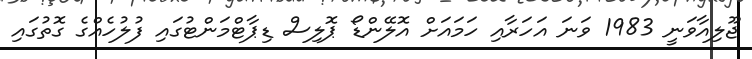
ޖޫލިއާވަނީ 1983 ވަނަ އަހަރާއި ހަމައަށް އޮލޭންޑޯ ޕޮލިސް ޑިޕާޓްމަންޓުގައި ފުލުހެއްގެ ގޮތުގައި